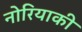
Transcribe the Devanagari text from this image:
नोरियाकी